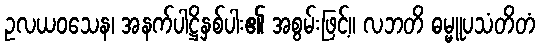
ဥလယဝသေန၊ အနက်ပါဋ္ဌိနှစ်ပါး၏ အစွမ်းဖြင့်။ လဘတိ ဓမ္မူပသံတိတံ